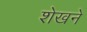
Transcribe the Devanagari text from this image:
शेखने